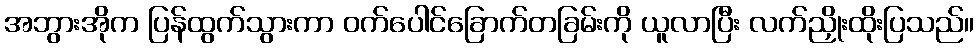
အဘွားအိုက ပြန်ထွက်သွားကာ ဝက်ပေါင်ခြောက်တခြမ်းကို ယူလာပြီး လက်ညှိုးထိုးပြသည်။